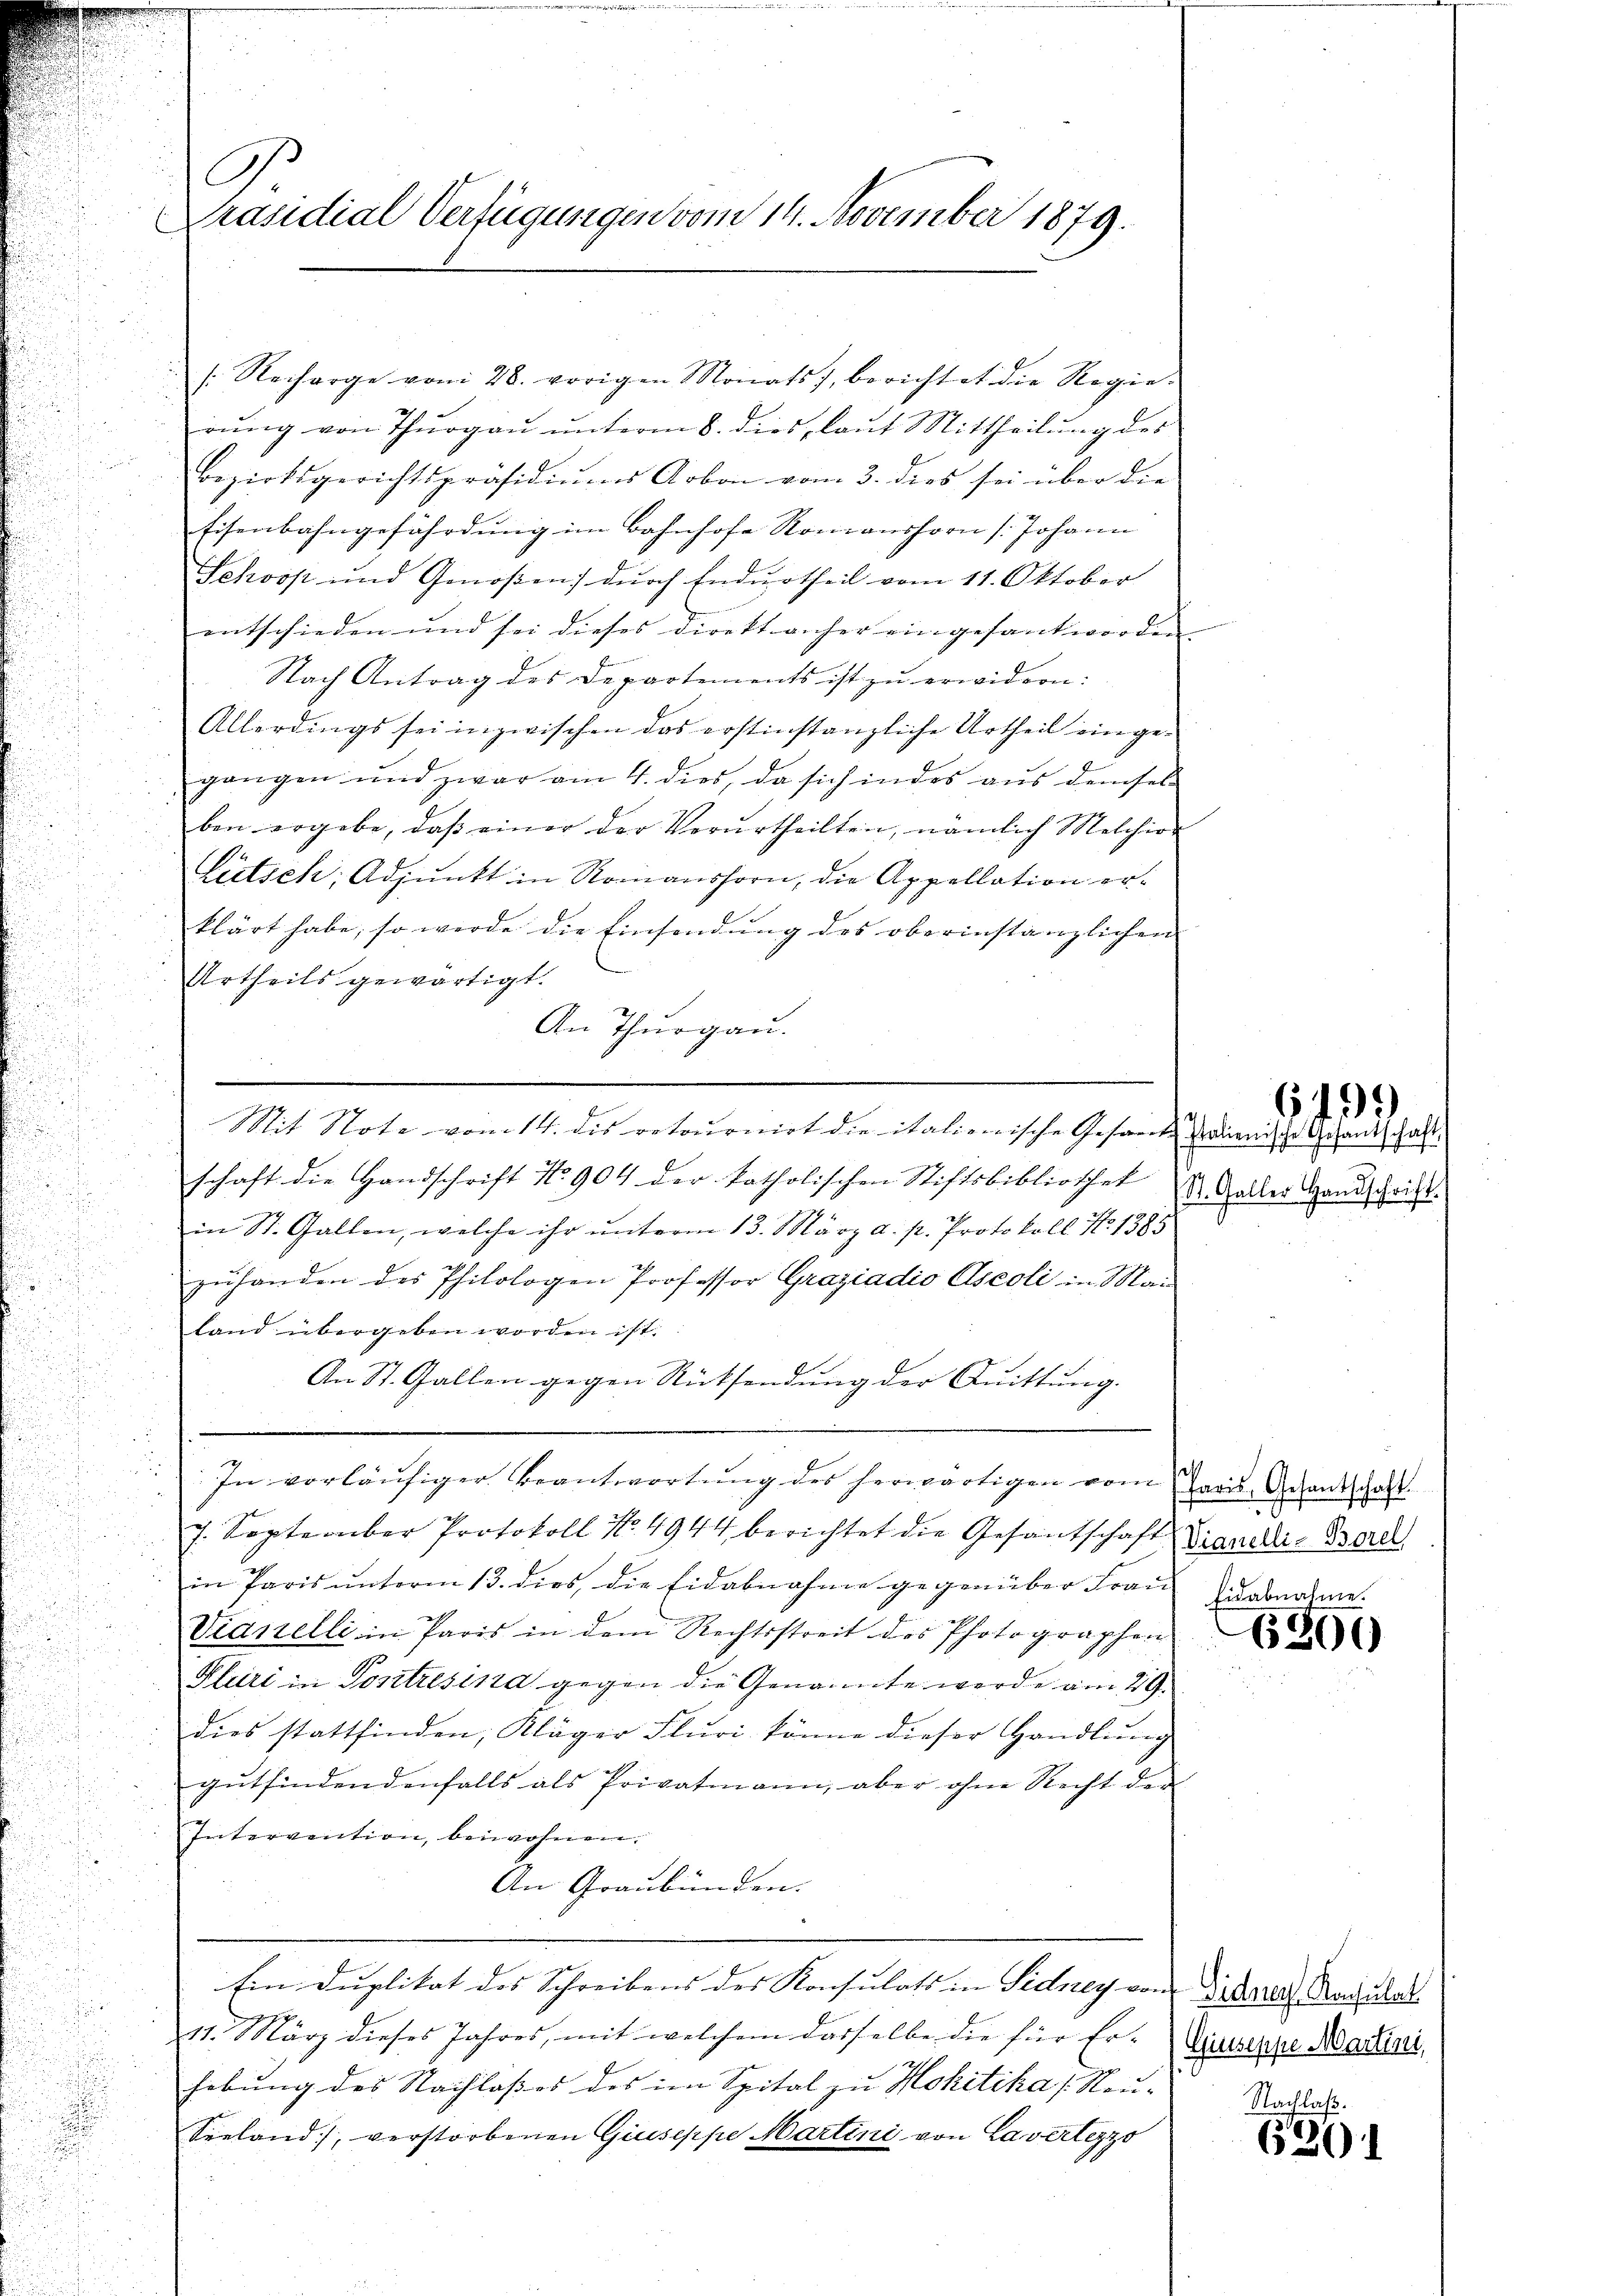
C
Präsidial Verfügungen vom 14. November 1879.
E

: Recharge vom 28. vorigen Monats, berichtet die Regie-
rung von Thurgau unterm 8. dies, laut Mittheilung des
Bezirksgerichtspräsidiŭms Arbon vom 3. dies sei über die
Eisenbahngefährdung im Bahnhofe Romanshorn (Johann
Sekoop und Genoßen) dŭrch Endurtheil vom 11. Oktober
entschieden und sei dieses direkt anher eingesant worden.
Nach Antrag des Departements ist zu erwidern:
Allerdings sei inzwischen das erstinstanzliche Urtheil eingegangen und zwar am 4. dies, da sich in des aus demsel
ben ergebe, daß einer der Verurtheilten, nämlich Melchior
Lütsch, Adjunkt in Romanshorn, die Appellation erklärt habe, so werde die Einsendung des oberinstanzlichen
Urtheils gewärtigt.
An Thurgau.
s
Mit Note vom 14. dis retournirt die italienische Gesamt Gruenische Gesandschaft
schaft die Handschrift No. 904 der katholischen Stiftsbibliothek
in St. Gallen, welche ihr ŭnterm 13. März a. p. Protokoll N. 1385
zuhanden des Philologen Professor Graziadio Aseoli in Mai
land übergeben worden ist.
An St. Gallen gegen Rücksendung der Quittung.
In vorläufiger Beantwortung des herwärtigen vom Paris Gesandschaft
7. September Protokoll No 4944 berichtet die Gesantschaft Landes Bere
in Paris unterm 13. dies, die Eidabnahme gegenüber Frau
Vianelli in Paris in dem Rechtsstreit des Photographen
Kluri in Pontrésina gegen die Genannte werde am 29.
dies stattfinden, Kläger Fluri könne dieser Handlung
gutfindendenfalls als Privatmann, aber ohne Recht der
Intervention, beiwohnen.
An Graubünden.

e

Ein Duplikat des Schreibens des Konsulats in Sidney von Vikareas Konsula

11. März dieses Jahres, mit welchem dasselbe die für Er-
hebung des Nachlaßes des im Spital zu Hohitika (Neu-
Veeland, verstorbenen Giuseppe Martini von Lavertezzo

St. Galler Handschrift.

6499

Eidabnahme.
6300

Giuseppe Martini,

Nachlaß.
6201